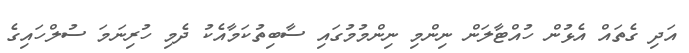
އަދި ގެތައް އެޅުން ހުއްޓާލަން ނިންމި ނިންމުމުގައި ސާބިތުކަމާއެކު ދެމި ހުރިނަމަ ސުލްހައިގެ